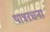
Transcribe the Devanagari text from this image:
पात्ररचना